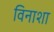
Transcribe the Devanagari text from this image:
विनाशा